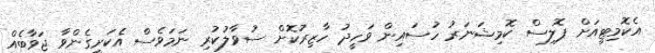
އެކޮމިޓީއަށް ޕޮލިސް ކޮމިޝަނަރު ހުސައިން ވަހީދު ހާޒިރުކޮށް ސުވާލުކުރި ނަމަވެސް އެކަށީގެންވާ ޖަވާބެއް